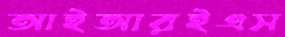
আইআরইএস